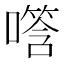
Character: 𪢑